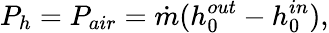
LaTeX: P_{h}=P_{air}=\dot{m}(h_{0}^{out}-h_{0}^{in}),